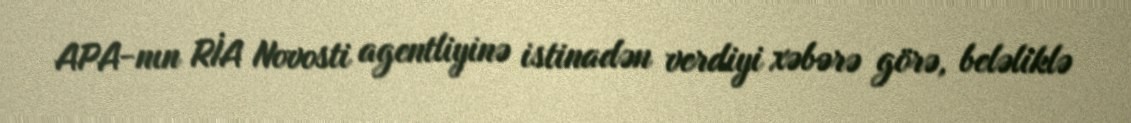
APA-nın RİA Novosti agentliyinə istinadən verdiyi xəbərə görə, beləliklə